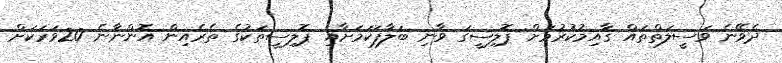
ދެވޭނެ ވަސީލަތްތައް ޤާއިމުކުރުމަށް ޕޮލިސީގަ ވާނި ބަލާފަކަމަށާއި ޕޮލިސީތަކުގެ ތެރެއިން އޮންނާނެ 20ވަރަކަށް